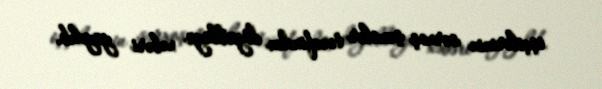
işçilərinin sərxoş şəxslər tərəfindən döyüldüyü xəbəri yayılıb.